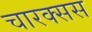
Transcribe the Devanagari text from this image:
चारक्सस